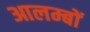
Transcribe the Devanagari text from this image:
आलम्बों